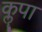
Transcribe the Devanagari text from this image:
कॣपा